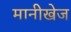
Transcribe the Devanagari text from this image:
मानीखेज